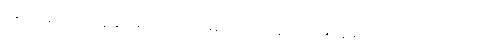
ချောက်ချားပြောနေခြင်း မဟုတ်ပဲ အမှန်ကို ပြောနေကြောင်း ကျွန်တော် သိလိုက်ပါသည်။